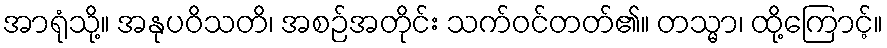
အာရုံသို့။ အနုပဝိသတိ၊ အစဉ်အတိုင်း သက်ဝင်တတ်၏။ တသ္မာ၊ ထို့ကြောင့်။